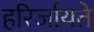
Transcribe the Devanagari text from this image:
हरिर्जायते